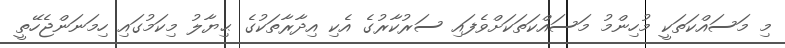
މި މަސައްކަތަކީ މުހިންމު މަސައްކަތަކަށްވެފައި ސަރުކާރުގެ އެކި އިދާރާތަކުގެ ޙިޔާލު މިކަމުގައި ހިމަނަންޖެހޭތީ